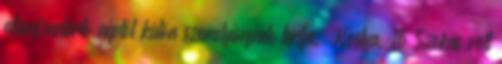
államfenntartó néptől külön személyiségnek tartja.” Kostya, 16 Szokás volt